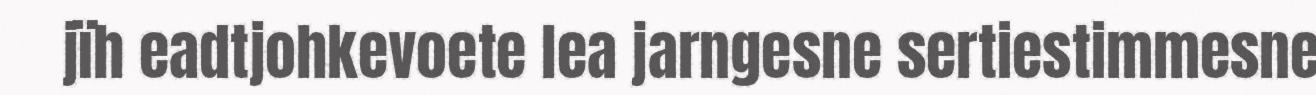
jïh eadtjohkevoete lea jarngesne sertiestimmesne